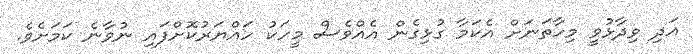
އަދި ވިދާޅުވީ މިހާތަނަށް އެކަމާ ގުޅިގެން އެއްވެސް މީހަކު ހައްޔަރުކޮށްފައި ނުވާނެ ކަމަށެވެ.